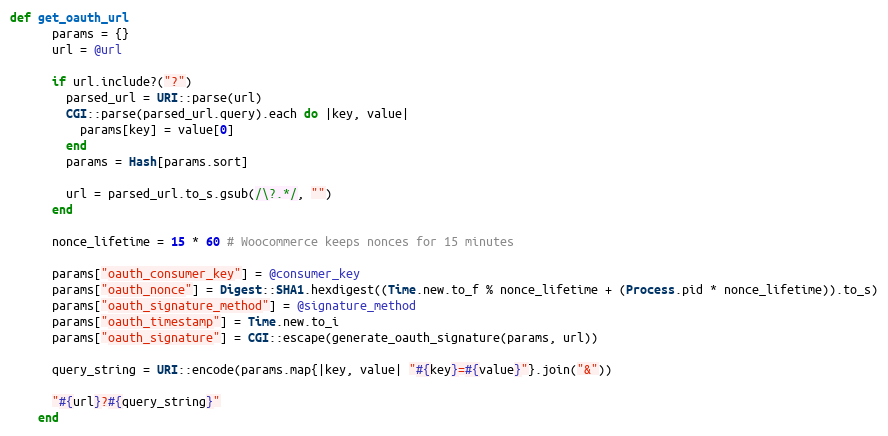
Language: Ruby
def get_oauth_url
      params = {}
      url = @url

      if url.include?("?")
        parsed_url = URI::parse(url)
        CGI::parse(parsed_url.query).each do |key, value|
          params[key] = value[0]
        end
        params = Hash[params.sort]

        url = parsed_url.to_s.gsub(/\?.*/, "")
      end

      nonce_lifetime = 15 * 60 # Woocommerce keeps nonces for 15 minutes

      params["oauth_consumer_key"] = @consumer_key
      params["oauth_nonce"] = Digest::SHA1.hexdigest((Time.new.to_f % nonce_lifetime + (Process.pid * nonce_lifetime)).to_s)
      params["oauth_signature_method"] = @signature_method
      params["oauth_timestamp"] = Time.new.to_i
      params["oauth_signature"] = CGI::escape(generate_oauth_signature(params, url))

      query_string = URI::encode(params.map{|key, value| "#{key}=#{value}"}.join("&"))

      "#{url}?#{query_string}"
    end